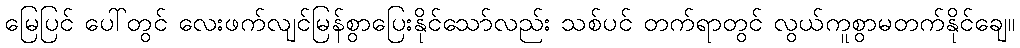
မြေပြင် ပေါ်တွင် လေးဖက်လျင်မြန်စွာပြေးနိုင်သော်လည်း သစ်ပင် တက်ရာတွင် လွယ်ကူစွာမတက်နိုင်ချေ။